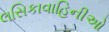
લસિકાવાહિનીઓ